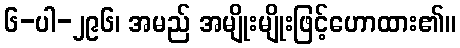
၆-ပါ-၂၉၆၊ အမည် အမျိုးမျိုးဖြင့်ဟောထား၏။